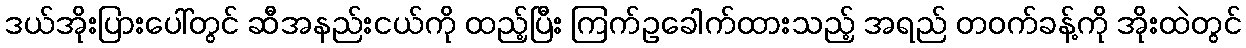
ဒယ်အိုးပြားပေါ်တွင် ဆီအနည်းငယ်ကို ထည့်ပြီး ကြက်ဥခေါက်ထားသည့် အရည် တဝက်ခန့်ကို အိုးထဲတွင်